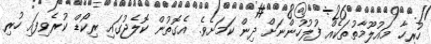
ހުރިހާ މައުލޫމާތުތަކެއް ފުލުހުންނަށް ދިން ކަމަށެވެ. އެގޮތުން ކޮލެޖުގައި ރިކޯޑް ކުރެވިފައި ހުރި